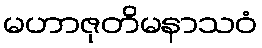
မဟာဇုတိမနာသဝံ